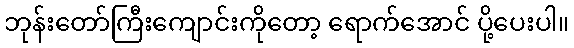
ဘုန်းတော်ကြီးကျောင်းကိုတော့ ရောက်အောင် ပို့ပေးပါ။